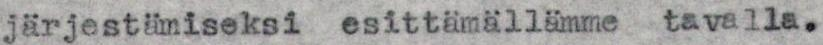
järjestämiseksi esittämällämme tavalla.